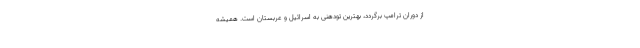
از دوران ترامپ برگردد، بهترین تودهنی به اسرائیل و عربستان است. همیشه